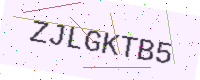
Text: ZJLGKTB5